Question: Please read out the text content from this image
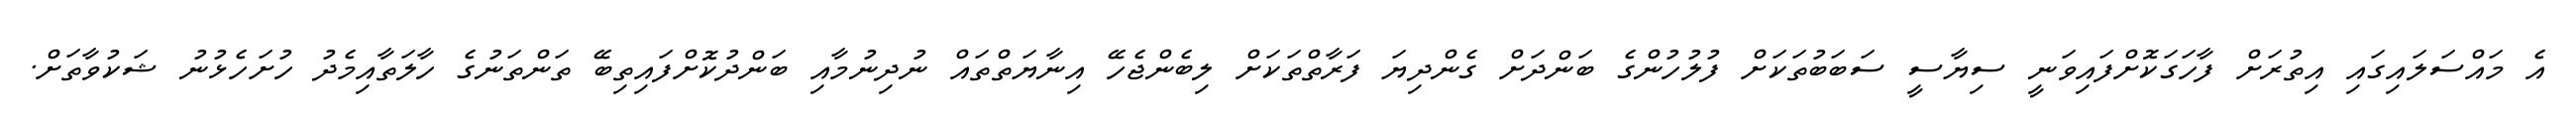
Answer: އެ މައްސަލައިގައި އިތުރަށް ފާހަގަކޮށްފައިވަނީ ސިޔާސީ ސަބަބުތަކަށް ފުލުހުންގެ ބަންދަށް ގެންދިޔަ ފަރާތްތަކަށް ލިބެންޖެހޭ އިނާޔަތްތައް ނުދިނުމާއި ބަންދުކޮށްފައިތިބޭ ތަންތަނުގެ ހާލަތާއިމެދު ހުށަހެޅުނު ޝަކުވާތަށް.